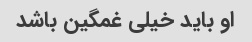
او باید خیلی غمگین باشد